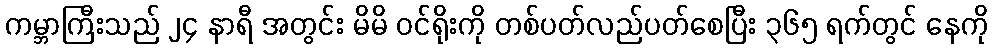
ကမ္ဘာကြီးသည် ၂၄ နာရီ အတွင်း မိမိ ဝင်ရိုးကို တစ်ပတ်လည်ပတ်စေပြီး ၃၆၅ ရက်တွင် နေကို